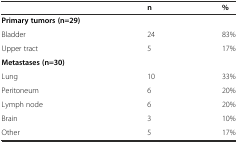
|  | n | % |
 | --- | --- | --- |
 | Primary tumors (n=29) |  |  |
 | Bladder | 24 | 83% |
 | Upper tract | 5 | 17% |
 | Metastases (n=30) |  |  |
 | Lung | 10 | 33% |
 | Peritoneum | 6 | 20% |
 | Lymph node | 6 | 20% |
 | Brain | 3 | 10% |
 | Other | 5 | 17% |